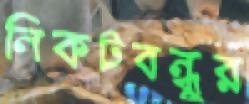
নিকটবন্ধুর